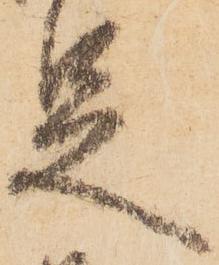
足